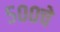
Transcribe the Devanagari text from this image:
५००चे